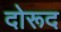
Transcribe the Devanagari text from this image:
दोरूद